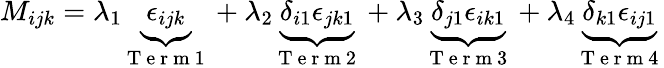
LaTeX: M_{ijk}=\lambda_{1}\underbrace{\epsilon_{ijk}}_{\mathrm{~T~e~r~m~1~}}+\lambda_{2}\underbrace{\delta_{i1}\epsilon_{jk1}}_{\mathrm{~T~e~r~m~2~}}+\lambda_{3}\underbrace{\delta_{j1}\epsilon_{ik1}}_{\mathrm{~T~e~r~m~3~}}+\lambda_{4}\underbrace{\delta_{k1}\epsilon_{ij1}}_{\mathrm{~T~e~r~m~4~}}